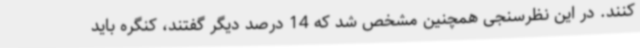
کنند. در این نظرسنجی همچنین مشخص شد که 14 درصد دیگر گفتند، کنگره باید